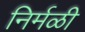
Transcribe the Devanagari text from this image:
निर्मळी